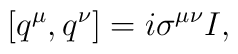
[q^\mu,q^\nu]=i\sigma^{\mu\nu}I,